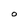
Character: O